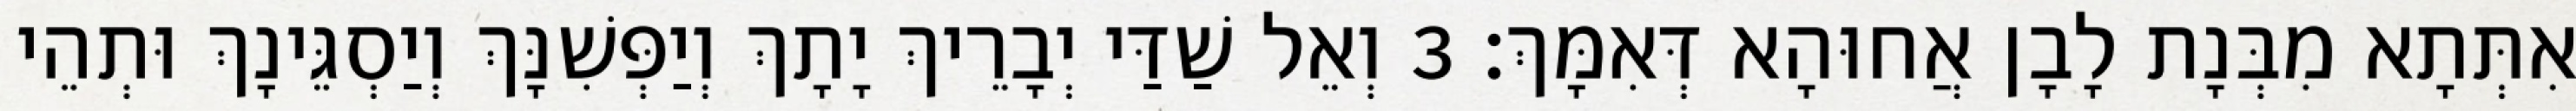
אִתְּתָא מִבְּנָת לָבָן אֲחוּהָא דְּאִמָּךְ׃ 3 וְאֵל שַׁדַּי יְבָרֵיךְ יָתָךְ וְיַפְּשִׁנָּךְ וְיַסְגֵּינָךְ וּתְהֵי